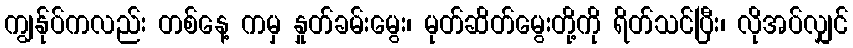
ကျွန်ုပ်ကလည်း တစ်နေ့ ကမှ နှုတ်ခမ်းမွေး၊ မုတ်ဆိတ်မွေးတို့ကို ရိတ်သင်ပြီး၊ လိုအပ်လျှင်